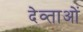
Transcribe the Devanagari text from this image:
देव्ताओं